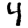
Digit: 4